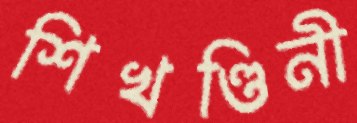
শিখণ্ডিনী